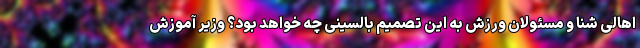
اهالی شنا و مسئولان ورزش به این تصمیم بالسینی چه خواهد بود؟ وزیر آموزش